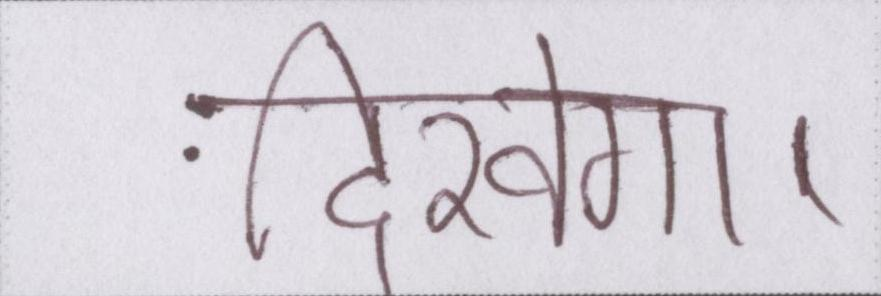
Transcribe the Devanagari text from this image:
दिखेगा।